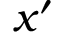
x ^ { \prime }